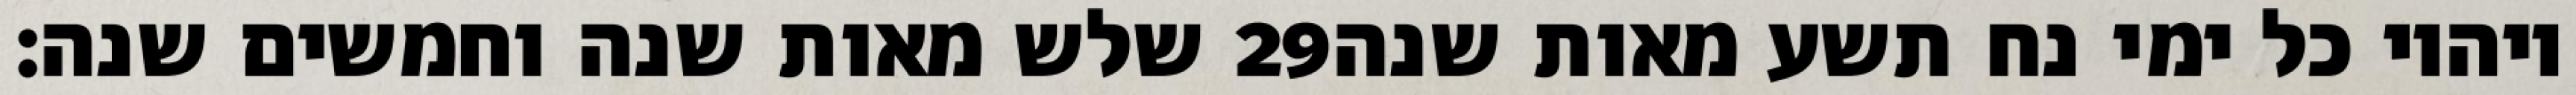
שלש מאות שנה וחמשים שנה׃ ‎29‏ ויהיו כל ימי נח תשע מאות שנה